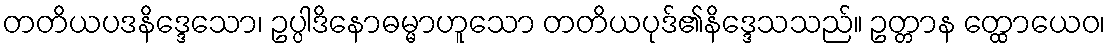
တတိယပဒနိဒ္ဒေသော၊ ဥပ္ပါဒိနောဓမ္မာဟူသော တတိယပုဒ်၏နိဒ္ဒေသသည်။ ဥတ္တာန တ္ထောယေဝ၊